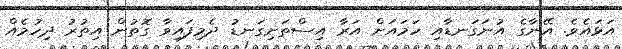
އަޅައެވެ. އޭނާގެ އުނަގަނޑާއި ހަމައަށް އަރާ އިސްތަށިގަނޑު ދެމިފައިވާ ގޮތުން އިތުރު ދިހުމެއް